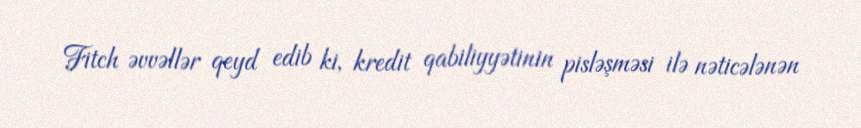
Fitch əvvəllər qeyd edib ki, kredit qabiliyyətinin pisləşməsi ilə nəticələnən